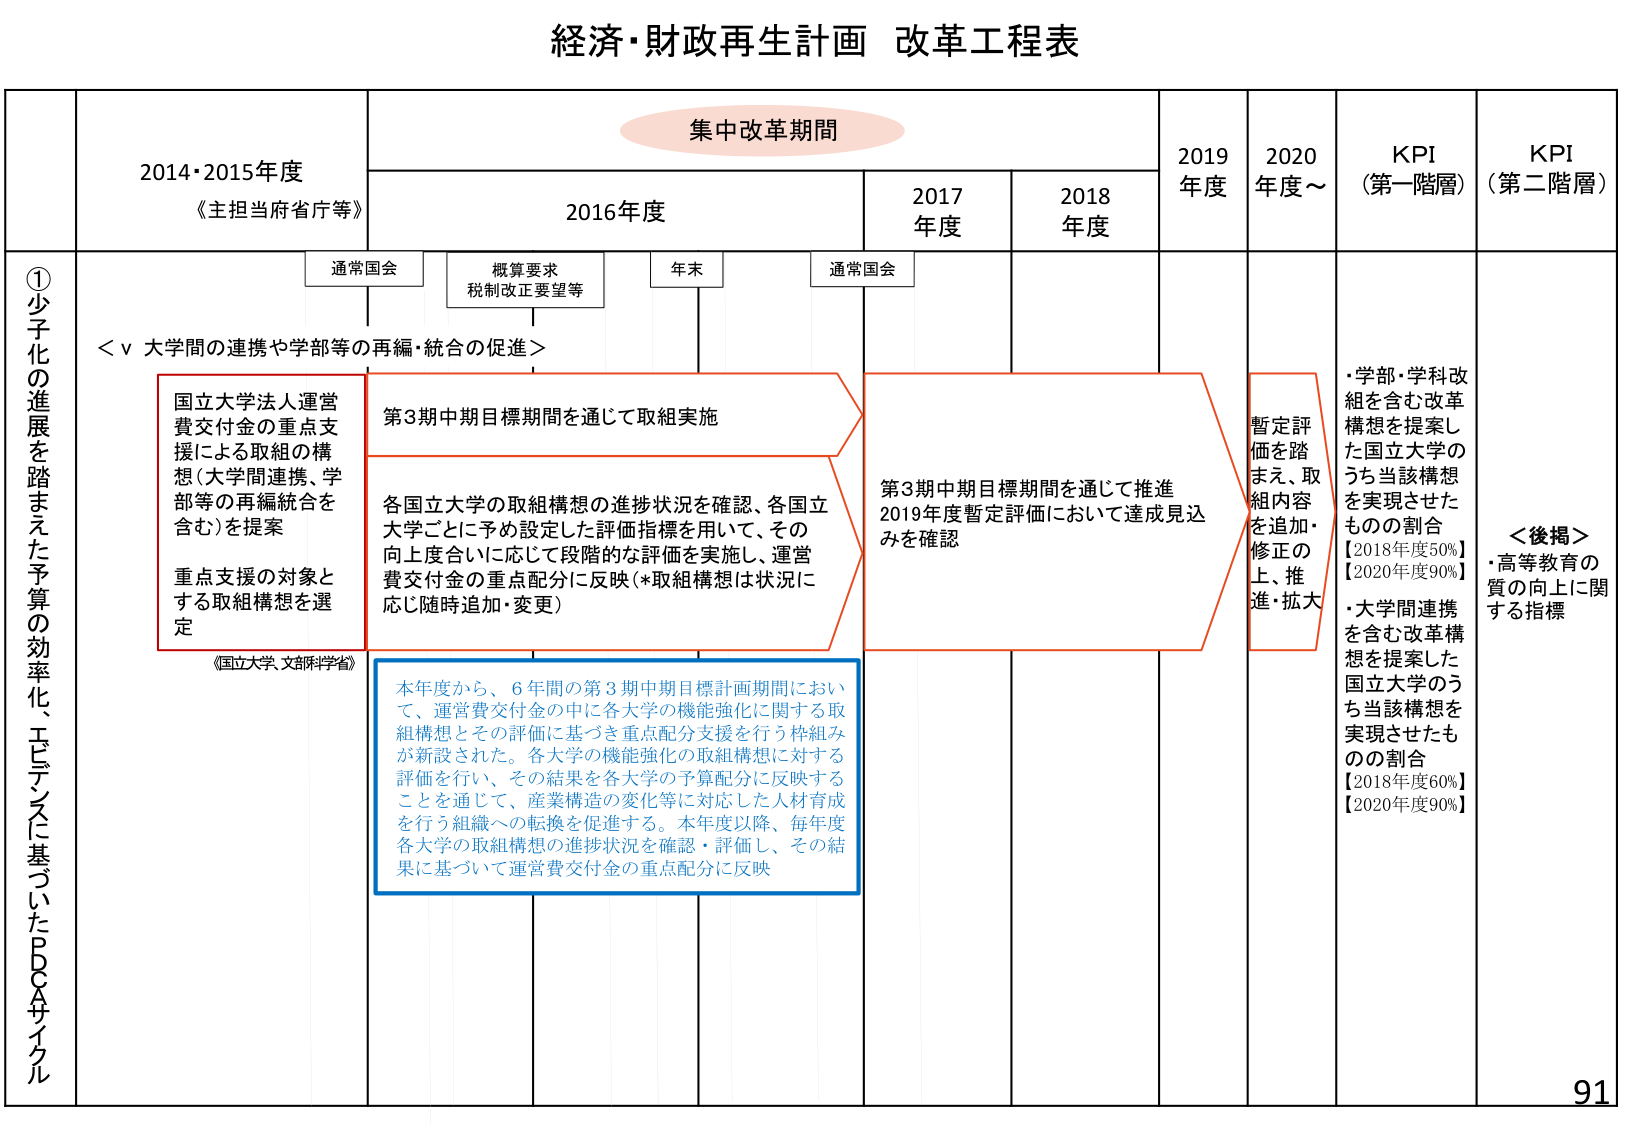
経済・財政再生計画 改革工程表

集中改革期間

2014・2015年度
《主担当府省庁等》

2016年度
通常国会
概算要求
税制改正要望等
年末
通常国会

2017年度
2018年度
2019年度
2020年度～

KPI
（第一階層）
KPI
（第二階層）

①少子化の進展を踏まえた予算の効率化、エビデンスに基づいたPDCAサイクル

＜Ⅴ 大学間の連携や学部等の再編・統合の促進＞

国立大学法人運営費交付金の重点支援による取組の構想（大学間連携、学部等の再編統合を含む）を提案
重点支援の対象とする取組構想を選定
《国立大学・文部科学省》

第3期中期目標期間を通じて取組実施

各国立大学の取組構想の進捗状況を確認、各国立大学ごとに予め設定した評価指標を用いて、その向上度合いに応じて段階的な評価を実施し、運営費交付金の重点配分に反映（*取組構想は状況に応じ随時追加・変更）

第3期中期目標期間を通じて推進
2019年度暫定評価において達成見込みを確認

暫定評価を踏まえ、取組内容を追加・修正の上、推進・拡大

・学部・学科改組を含む改革構想を提案した国立大学のうち当該構想を実現させたものの割合
【2018年度50%】
【2020年度90%】
・大学間連携を含む改革構想を提案した国立大学のうち当該構想を実現させたものの割合
【2018年度60%】
【2020年度90%】
＜後掲＞
・高等教育の質の向上に関する指標

本年度から、6年間の第3期中期目標計画期間において、運営費交付金の中に各大学の機能強化に関する取組構想とその評価に基づき重点配分支援を行う枠組みが新設された。各大学の機能強化の取組構想に対する評価を行い、その結果を各大学の予算配分に反映することを通じて、産業構造の変化等に対応した人材育成を行う組織への転換を促進する。本年度以降、毎年度各大学の取組構想の進捗状況を確認・評価し、その結果に基づいて運営費交付金の重点配分に反映

91